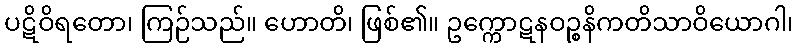
ပဋိဝိရတော၊ ကြဉ်သည်။ ဟောတိ၊ ဖြစ်၏။ ဥက္ကောဋနဝဉ္စနိကတိသာဝိယောဂါ၊